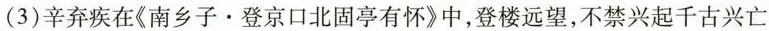
(3)辛弃疾在《南乡子。登京口北固亭有怀》中，登楼远望，不禁兴起千古兴亡